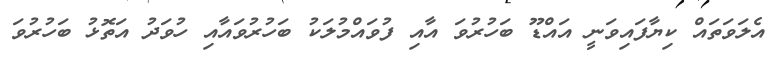
އެލަވަތައް ކިޔާފައިވަނީ އައްޑޫ ބަހުރުވަ އާއި ފުވައްމުލަކު ބަހުރުވައާއި ހުވަދު އަތޮޅު ބަހުރުވަ